Scientific memoirs by medical officers of the Army of India - Part V,
Year: 1890
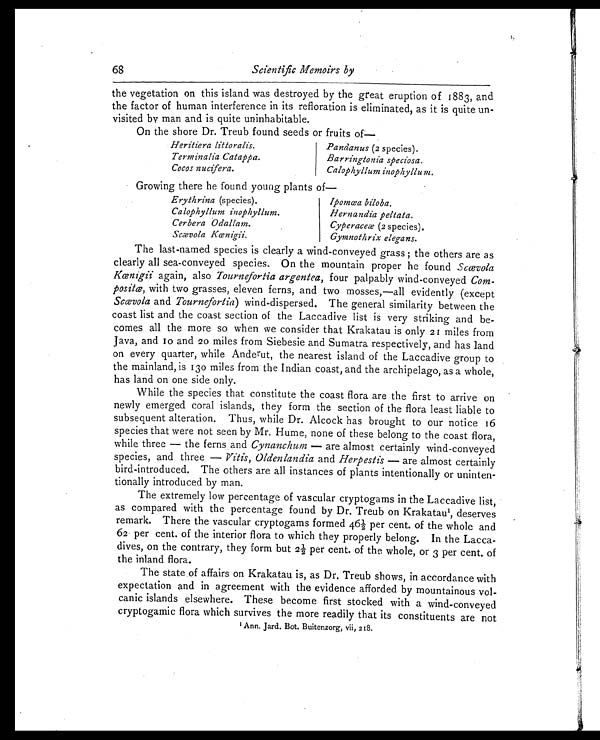
Heritiera littoralis.
Terminalia Catappa.
Cocos nucifera.
Pandanus (2 species).
Barringtonia speciosa.
Calophyllum inophyllum.
68
Scientific Memoirs by
the vegetation on this island was destroyed by the great eruption of 1883, and
the factor of human interference in its refloration is eliminated, as it is quite un
- v i s i t e d b y m a n a n d i s q u i t e u n i n h a b i t a b l e .
On the shore Dr. Treub found seeds or fruits of—
Growing there he found young plants of
—
Erythrina (species).
Calophyllum inophyllum.
Cerbera Odallam.
Scævola Kœnigii.
Ipomœa biloba.
Hernandia peltata.
Cyperaceæ (2 species).
Gymnothrix elegans.
The last-named species is clearly a wind-conveyed grass; the others are as
clearly all sea-conveyed species. On the mountain proper he found Scœvola
Kœnigii again, also Tournefortia argentea, four palpably wind-conveyed Com
- p o s i t œ ,
w i t h t w o g r a s s e s , e l e v e n f e r n s , a n d t w o m o s s e s , — a l l e v i d e n t l y ( e x c e p t
Scœvola and Tournefortia) wind-dispersed. The general similarity between the
coast list and the coast section of the Laccadive list is very striking and be
-comes all the more so when we consider that Krakatau is only 21 miles from
Java, and 10 and 20 miles from Siebesie and Sumatra respectively, and has land
on every quarter, while Anderut, the nearest island of the Laccadive group to
the mainland, is 130 miles from the Indian coast, and the archipelago, as a whole,
has land on one side only.
While the species that constitute the coast flora are the first to arrive on
newly emerged coral islands, they form the section of the flora least liable to
subsequent alteration. Thus, while Dr. Alcock has brought to our notice 16
species that were not seen by Mr. Hume, none of these belong to the coast flora,
while three—the ferns and Cynanchum—are almost certainly wind-conveyed
species, and three—Vitis, Oldenlandia and Herpestis —are almost certainly
bird-introduced. The others are all instances of plants intentionally or uninten
-tionally introduced by man.
The extremely low percentage of vascular cryptogams in the Laccadive list,
as compared with the percentage found by Dr. Treub on Krakatau l, deserves
remark. There the vascular cryptogams formed 46½ per cent. of the whole and
62 per cent. of the interior flora to which they properly belong. In the Lacca
- d i v e s , o n t h e c o n t r a r y , t h e y f o r m b u t 2 ½ p e r c e n t . o f t h e w h o l e , o r 3 p e r c e n t . o f
the inland flora.
The state of affairs on Krakatau is, as Dr. Treub shows, in accordance with
expectation and in agreement with the evidence afforded by mountainous vol
- c a n i c i s l a n d s e l s e w h e r e . T h e s e b e c o m e f i r s t s t o c k e d w i t h a w i n d - c o n v e y e d
cryptogamic flora which survives the more readily that its constituents are not
1
A n n . J a r d . B o t . B u i t e n z o r g , v i i , 2 1 8 .